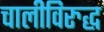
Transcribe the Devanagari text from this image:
चालीविरुद्ध